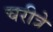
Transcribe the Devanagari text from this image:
चरीत्रे